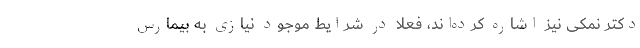
دکتر نمکی نیز اشاره کرده‌اند، فعلا در شرایط موجود نیازی به بیمارس